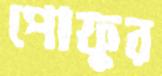
পোফুর